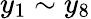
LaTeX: y_{1}\sim y_{8}